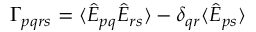
\Gamma _ { p q r s } = \langle \hat { E } _ { p q } \hat { E } _ { r s } \rangle - \delta _ { q r } \langle \hat { E } _ { p s } \rangle